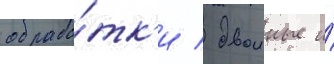
обрабо́тк'и / двоиные и́